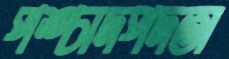
পশ্চাদপদতা